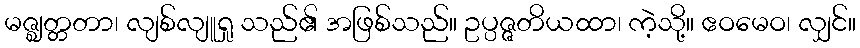
မဇ္ဈတ္တတာ၊ လျစ်လျူရှု သည်၏ အဖြစ်သည်။ ဥပ္ပဇ္ဇတိယထာ၊ ကဲ့သို့။ ဧဝမေဝ၊ လျှင်။